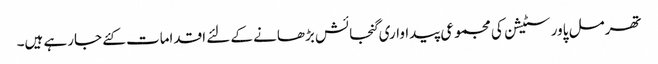
تھرمل پاور سٹیشن کی مجموعی پیداواری گنجائش بڑھانے کے لئے اقدامات کئے جارہے ہیں۔